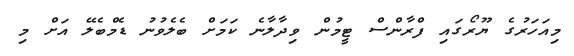
މިއަހަރުގެ ޔޫރޯގައި ފްރާންސް ޓީމުން ވިދާލާނެ ކަމަށް ބެލެވުނު ޑެމްބެލޭ އަށް މި